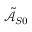
\tilde { \mathcal { A } } _ { S 0 }